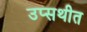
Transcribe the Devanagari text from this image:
उप्सथीत